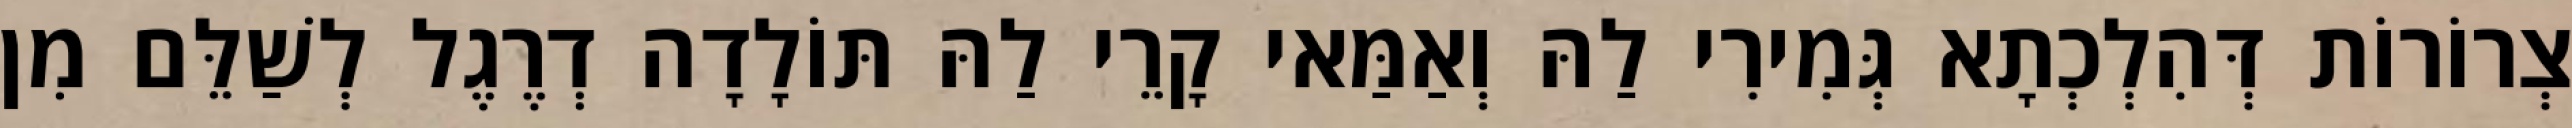
צְרוֹרוֹת דְּהִלְכְתָא גְּמִירִי לַהּ וְאַמַּאי קָרֵי לַהּ תּוֹלָדָה דְרֶגֶל לְשַׁלֵּם מִן